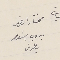
مختار الضهر بدوي اسَعد بطرسَ